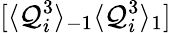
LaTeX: [\langle\mathcal{Q}_{i}^{3}\rangle_{-1}\langle\mathcal{Q}_{i}^{3}\rangle_{1}]